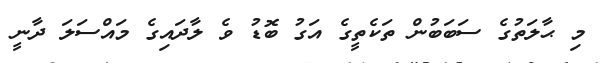
މި ޙާލަތުގެ ސަބަބުން ތަކެތީގެ އަގު ބޮޑު ވެ ލާދައިގެ މައްސަލަ ދާނީ